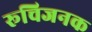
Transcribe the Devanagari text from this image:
रूचिजनक